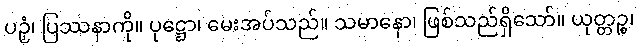
ပဉှံ၊ ပြဿနာကို။ ပုဋ္ဌော၊ မေးအပ်သည်။ သမာနော၊ ဖြစ်သည်ရှိသော်။ ယုတ္တဉ္စ၊